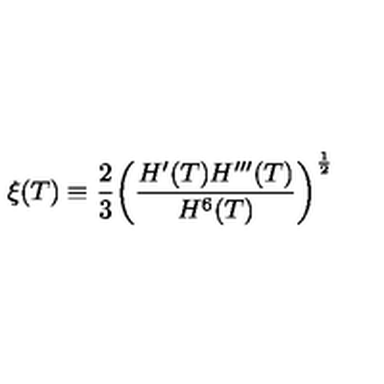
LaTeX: \xi ( T ) \equiv \frac { 2 } { 3 } \bigg ( \frac { H ^ { \prime } ( T ) H ^ { \prime \prime \prime } ( T ) } { H ^ { 6 } ( T ) } \bigg ) ^ { \frac { 1 } { 2 } }